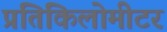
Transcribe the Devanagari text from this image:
प्रतिकिलोमीटर